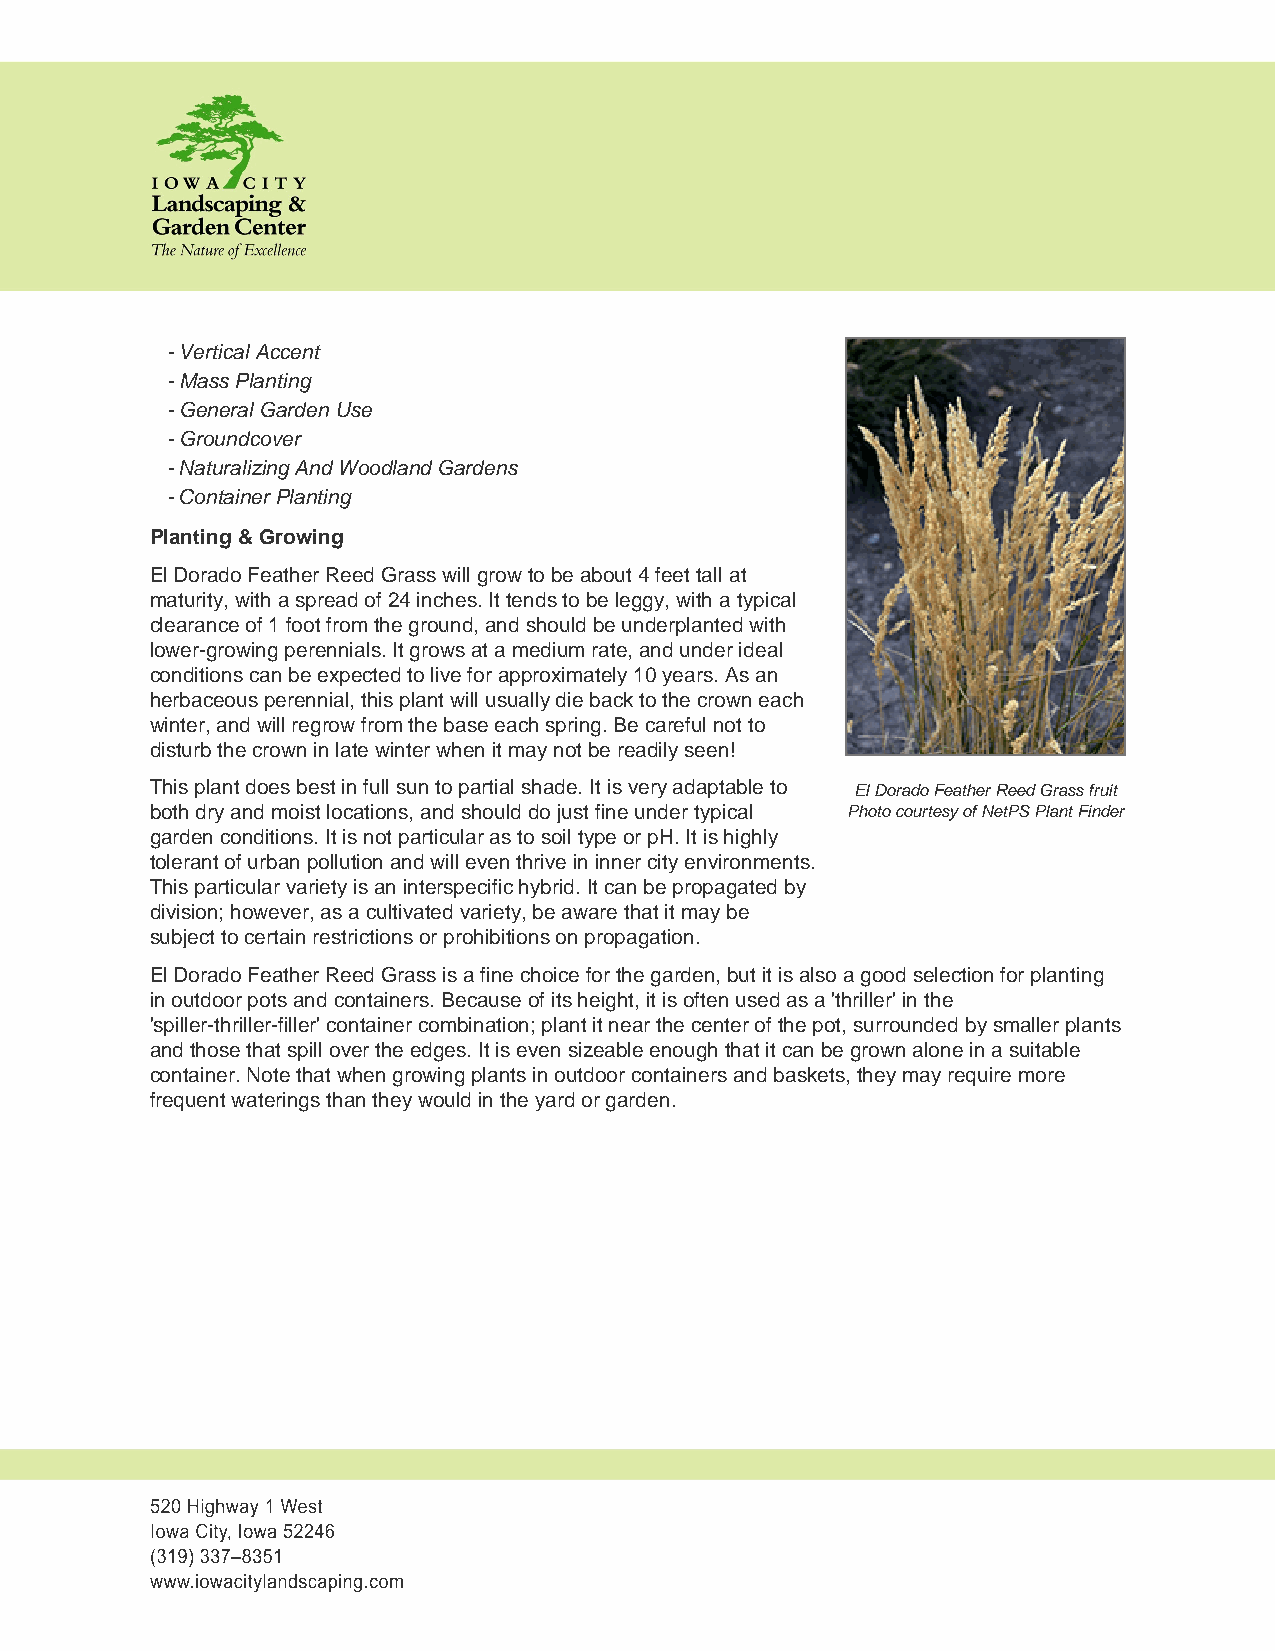
- Vertical Accent
 - Mass Planting
 - General Garden Use
 - Groundcover
 - Naturalizing And Woodland Gardens
 - Container Planting
 Planting & Growing
 El Dorado Feather Reed Grass will grow to be about 4 feet tall at
 maturity, with a spread of 24 inches. It tends to be leggy, with a typical
 clearance of 1 foot from the ground, and should be underplanted with
 lower-growing perennials. It grows at a medium rate, and under ideal
 conditions can be expected to live for approximately 10 years. As an
 herbaceous perennial, this plant will usually die back to the crown each
 winter, and will regrow from the base each spring. Be careful not to
 disturb the crown in late winter when it may not be readily seen!
 This plant does best in full sun to partial shade. It is very adaptable to El Dorado Feather Reed Grass fruit
 both dry and moist locations, and should do just fine under typical Photo courtesy of NetPS Plant Finder
 garden conditions. It is not particular as to soil type or pH. It is highly
 tolerant of urban pollution and will even thrive in inner city environments.
 This particular variety is an interspecific hybrid. It can be propagated by
 division; however, as a cultivated variety, be aware that it may be
 subject to certain restrictions or prohibitions on propagation.
 El Dorado Feather Reed Grass is a fine choice for the garden, but it is also a good selection for planting
 in outdoor pots and containers. Because of its height, it is often used as a 'thriller' in the
 'spiller-thriller-filler' container combination; plant it near the center of the pot, surrounded by smaller plants
 and those that spill over the edges. It is even sizeable enough that it can be grown alone in a suitable
 container. Note that when growing plants in outdoor containers and baskets, they may require more
 frequent waterings than they would in the yard or garden.
 520 Highway 1 West
 Iowa City, Iowa 52246
 (319) 337–8351
 www.iowacitylandscaping.com